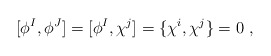
\begin{align*}[\phi^I,\phi^J]=[\phi^I,\chi^j]=\{\chi^i,\chi^j\}=0\ ,\end{align*}